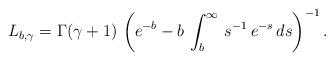
LaTeX: \begin{align*} L_{b,\gamma} = \Gamma(\gamma+1)\, \left(e^{-b}-b\, \int_b^\infty\, s^{-1}\, e^{-s}\, ds\right)^{-1}.\end{align*}